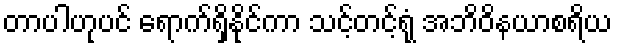
တာပါဟုပင် ရောက်ရှိနိုင်ကာ သင့်တင့်ရုံ အဘိဝိနယာစရိယ